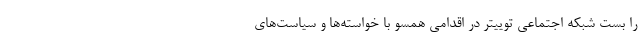
را بست شبکه اجتماعی توییتر در اقدامی همسو با خواسته‌ها و سیاست‌های